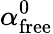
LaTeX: \alpha_{\mathrm{free}}^{0}